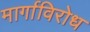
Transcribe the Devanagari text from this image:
मार्गाविरोध